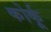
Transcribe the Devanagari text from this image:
कोर्कू